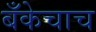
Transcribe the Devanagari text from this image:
बँकेचाच